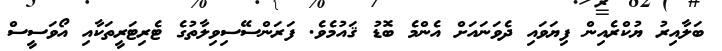
ބަލާއިރު ޔުކްރެއިން ފިޔަވައި ދެވަނައަށް އެންމެ ބޮޑު ޤައުމެވެ. ފަރަންސޭސިވިލާތުގެ ޓެރިޓަރީތަކާއި އޯވަސީސް